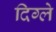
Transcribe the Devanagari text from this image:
दिग्ले